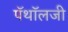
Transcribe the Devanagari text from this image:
पॅथॉलजी